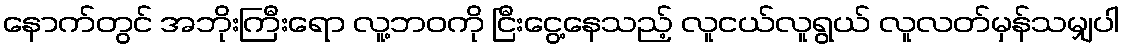
နောက်တွင် အဘိုးကြီးရော လူ့ဘဝကို ငြီးငွေ့နေသည့် လူငယ်လူရွယ် လူလတ်မှန်သမျှပါ